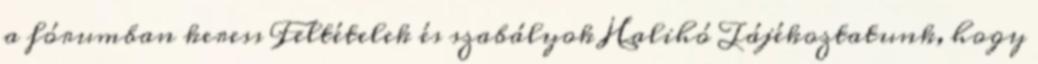
a fórumban keress Feltételek és szabályok Halihó Tájékoztatunk, hogy